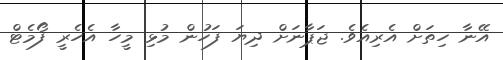
އޭނާ ހިތަށް އެރިއެވެ. ޖަޕާނަށް ދިޔަ ފަހުން މުޅި މީހާ އެހެރީ ފޯމެޓް